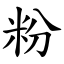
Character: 粉